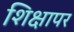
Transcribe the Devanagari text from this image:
शिक्षापर